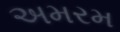
અમરમ